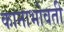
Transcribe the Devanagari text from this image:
कानाभोवती